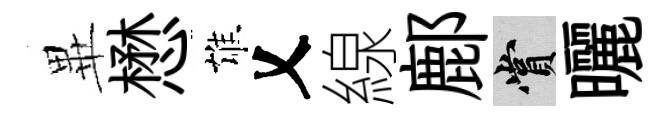
𭺾懋雄乂線鄜賞曬